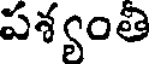
పశ్యంతి